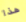
هذا